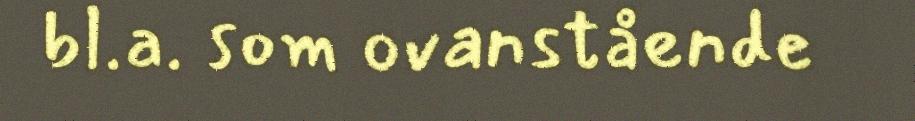
bl.a. som ovanstående